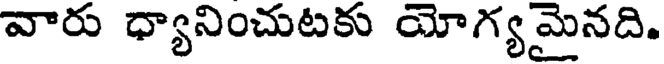
వారు ధ్యానించుటకు యోగ్యమైనది.